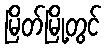
မြိတ်မြို့တွင်